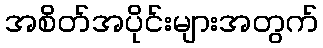
အစိတ်အပိုင်းများအတွက်